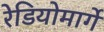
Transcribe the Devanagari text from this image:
रेडियोमार्गे